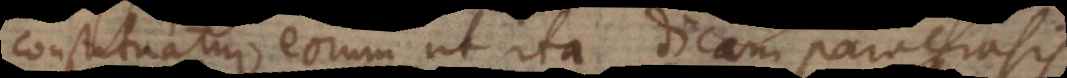
constituatur eorum ut ita dicam paraphrasis